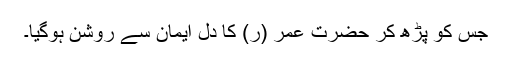
جس کو پڑھ کر حضرت عمر (ر) کا دل ایمان سے روشن ہوگیا۔